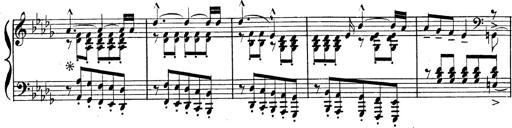
Title: BÃ©nÃ©diction et serment
Composer: Franz Liszt